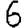
Digit: 6